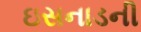
ઇસનાડની